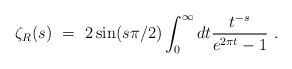
LaTeX: \begin{align*}\zeta_R(s)\ =\ 2 \sin (s\pi/2)\int_0^\infty dt \frac{t^{-s}}{e^{2\pi t}-1}\ .\end{align*}